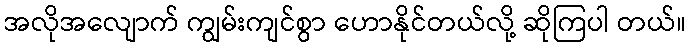
အလိုအလျောက် ကျွမ်းကျင်စွာ ဟောနိုင်တယ်လို့ ဆိုကြပါ တယ်။